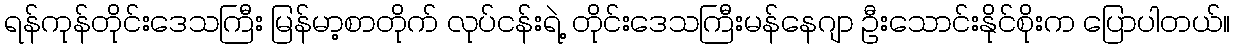
ရန်ကုန်တိုင်းဒေသကြီး မြန်မာ့စာတိုက် လုပ်ငန်းရဲ့ တိုင်းဒေသကြီးမန်နေဂျာ ဦးသောင်းနိုင်စိုးက ပြောပါတယ်။